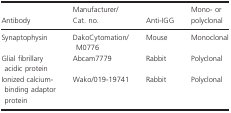
<table><thead><tr><td><b>Antibody</b></td><td><b>Manufacturer/Cat. no.</b></td><td><b>Anti‐IGG</b></td><td><b>Mono‐ or polyclonal</b></td></tr></thead><tbody><tr><td>Synaptophysin</td><td>DakoCytomation/M0776</td><td>Mouse</td><td>Monoclonal</td></tr><tr><td>Glial fibrillary acidic protein</td><td>Abcam7779</td><td>Rabbit</td><td>Polyclonal</td></tr><tr><td>Ionized calcium‐binding adaptor protein</td><td>Wako/019‐19741</td><td>Rabbit</td><td>Polyclonal</td></tr></tbody></table>